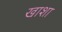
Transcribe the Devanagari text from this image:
खाशा